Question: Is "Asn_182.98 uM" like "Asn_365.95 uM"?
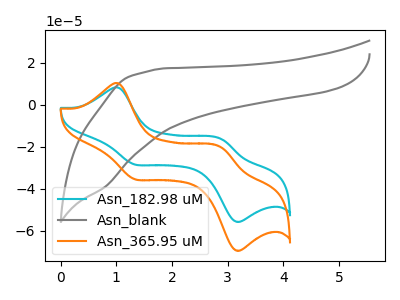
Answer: <think>The cyan curve "Asn_182.98 uM" has anodic peaks at (1.05V, 8.20uA) (2.90V, -16.35uA) and cathodic peaks at (1.30V, -28.35uA) (3.15V, -55.60uA). The gray curve "Asn_blank" has no peaks. The orange curve "Asn_365.95 uM" has anodic peaks at (1.05V, 10.25uA) (2.90V, -20.35uA) and cathodic peaks at (1.30V, -35.35uA) (3.15V, -69.30uA).
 All the peaks in "Asn_182.98 uM" have a peak in "Asn_365.95 uM" at the same potential.</think>
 <answer>"Asn_182.98 uM" and "Asn_365.95 uM" are similar in shape.</answer>
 <eval>same_shape</eval>